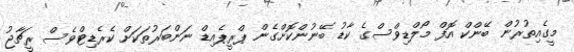
މީގެއިތުރުން ބޭންކް އޮފް މޯލްޑިވްސްގެ ކާޑު ބޭނުންކޮށްގެން ޕްރީޕެއިޑް ނަންބަރުތަކަށް ކެރެޑިޓްވެސް ރީޗާޖު